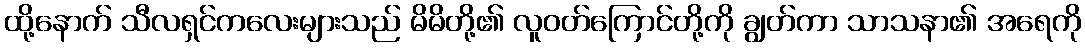
ထို့နောက် သီလရှင်ကလေးများသည် မိမိတို့၏ လူဝတ်ကြောင်တို့ကို ချွတ်ကာ သာသနာ၏ အရေကို